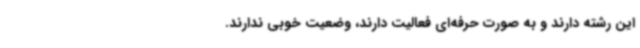
این رشته دارند و به صورت حرفه‌ای فعالیت دارند، وضعیت خوبی ندارند.